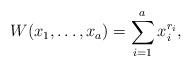
LaTeX: \begin{align*}W(x_1,\ldots, x_a)=\sum_{i=1}^a x_i^{r_i},\end{align*}